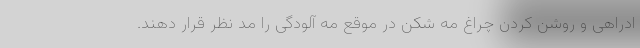
ادراهی و روشن کردن چراغ مه شکن در موقع مه آلودگی را مد نظر قرار دهند.